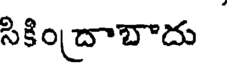
సికిం(దాబాదు